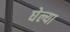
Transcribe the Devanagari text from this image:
घेल्या